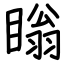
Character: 瞈